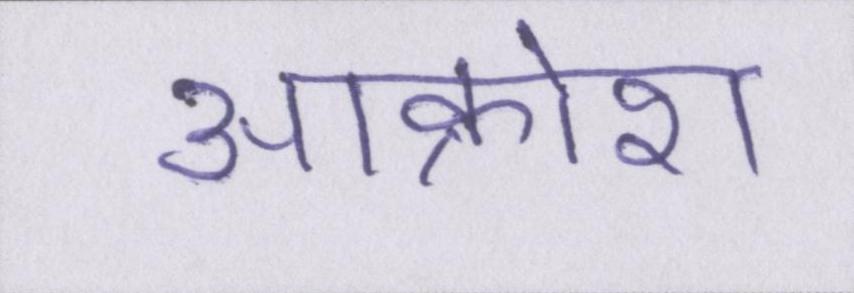
आक्रोश